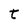
Character: t